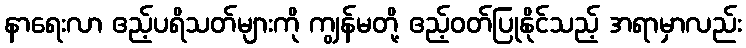
နာရေးလာ ဧည့်ပရိသတ်များကို ကျွန်မတို့ ဧည့်ဝတ်ပြုနိုင်သည့် အရာမှာလည်း